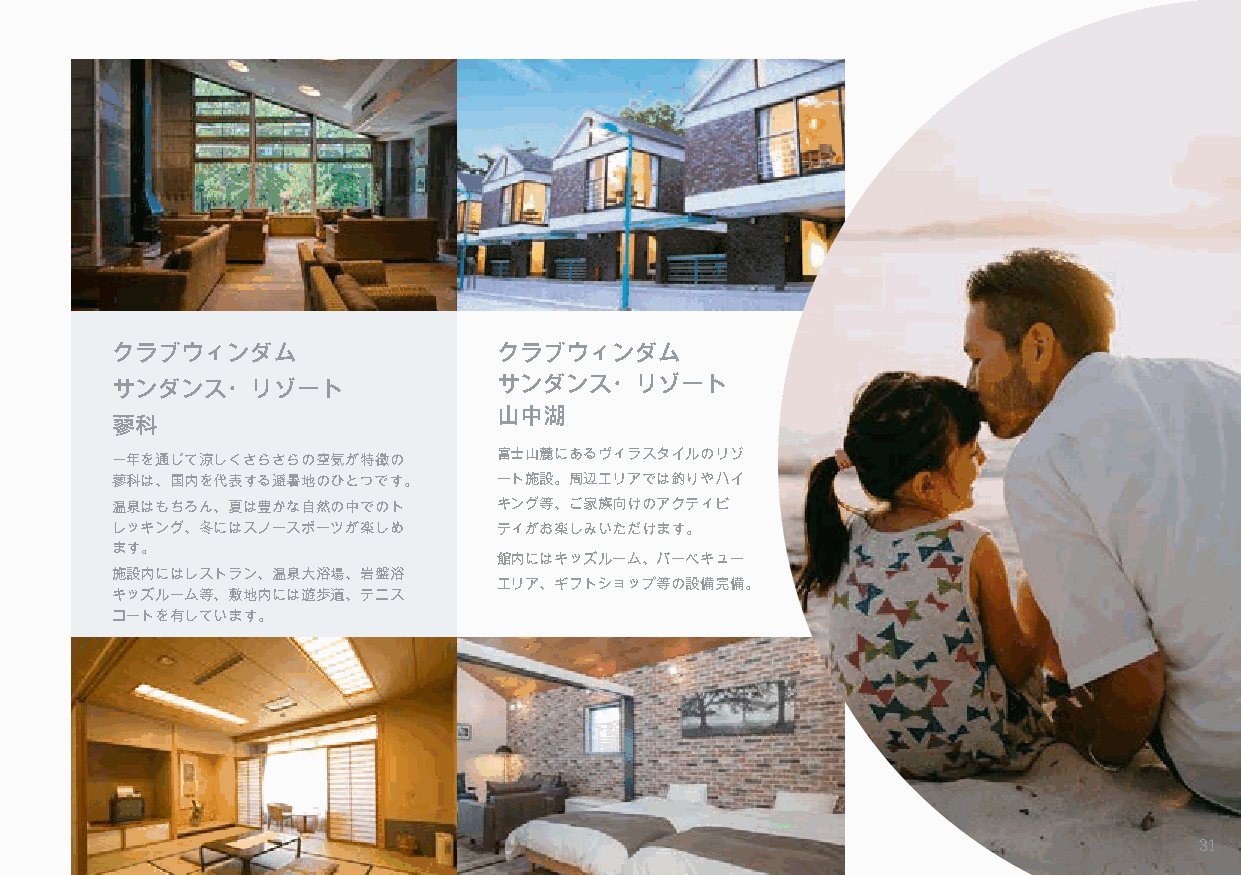
クラブウィンダム                  クラブウィンダム
 サンダンス・リゾート                サンダンス・リゾート
 山中湖
 蓼科
 一年を通じて涼しくさらさらの空気が特徴の      富士山麓にあるヴィラスタイルのリゾ
 蓼科は、国内を代表する避暑地のひとつです。     ート施設。周辺エリアでは釣りやハイ
 温泉はもちろん、夏は豊かな自然の中でのト      キング等、ご家族向けのアクティビ
 レッキング、冬にはスノースポーツが楽しめ      ティがお楽しみいただけます。
 ます。
 館内にはキッズルーム、バーベキュー
 施設内にはレストラン、温泉大浴場、岩盤浴
 エリア、ギフトショップ等の設備完備。
 キッズルーム等、敷地内には遊歩道、テニス
 コートを有しています。
 31